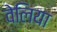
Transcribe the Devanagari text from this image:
वेलिया